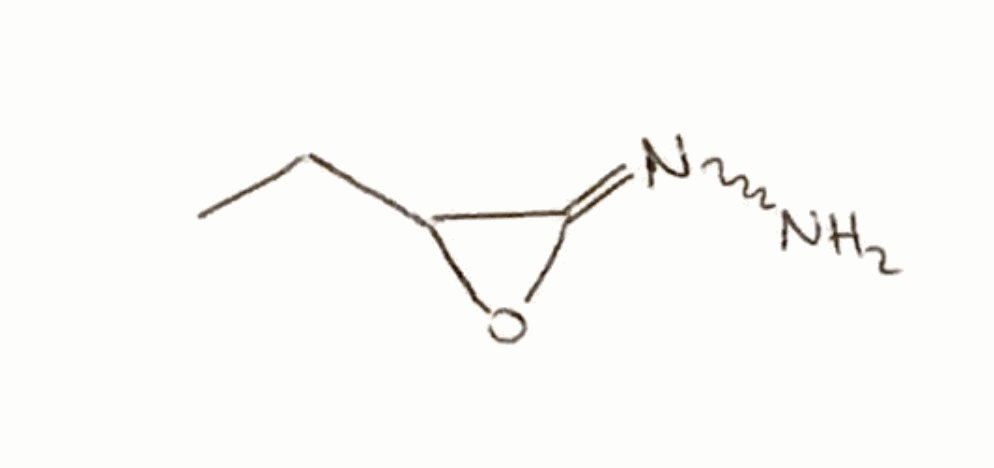
Simplified molecular-input line-entry system (SMILES) notation of the given molecule:
CCC1C(=NN)O1